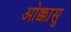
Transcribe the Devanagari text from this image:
ओक्कासु